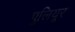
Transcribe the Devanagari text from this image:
पुलियूर